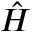
\hat { H }